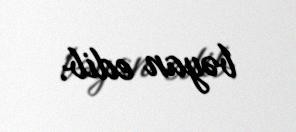
bəyan edib.